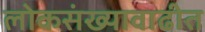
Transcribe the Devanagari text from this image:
लोकसंख्यावाढीत